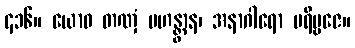
၄၁၆။ ယောဓ တဏှံ ပဟန္တွာန၊ အနာဂါရော ပရိဗ္ဗဇေ။